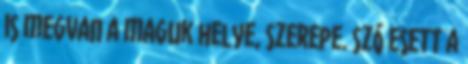
is megvan a maguk helye, szerepe. Szó esett a